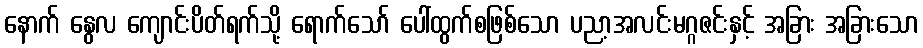
နောက် နွေလ ကျောင်းပိတ်ရက်သို့ ရောက်သော် ပေါ်ထွက်စဖြစ်သော ပညာ့အလင်းမဂ္ဂဇင်းနှင့် အခြား အခြားသော